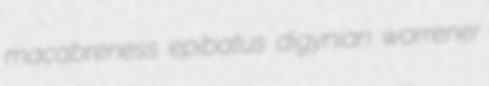
macabreness epibatus digynian warrener